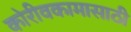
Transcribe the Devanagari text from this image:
कोरीवकामासाठी